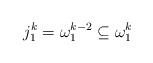
LaTeX: \begin{align*}j_1^k=\omega_1^{k-2} \subseteq \omega_1^{k}\end{align*}